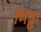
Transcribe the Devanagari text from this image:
मिड्ढा